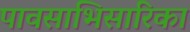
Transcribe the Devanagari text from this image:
पावसाभिसारिका